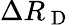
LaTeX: \Delta R_{\mathrm{~D~}}